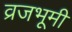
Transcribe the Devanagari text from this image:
व्रजभूमी